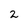
Character: 2